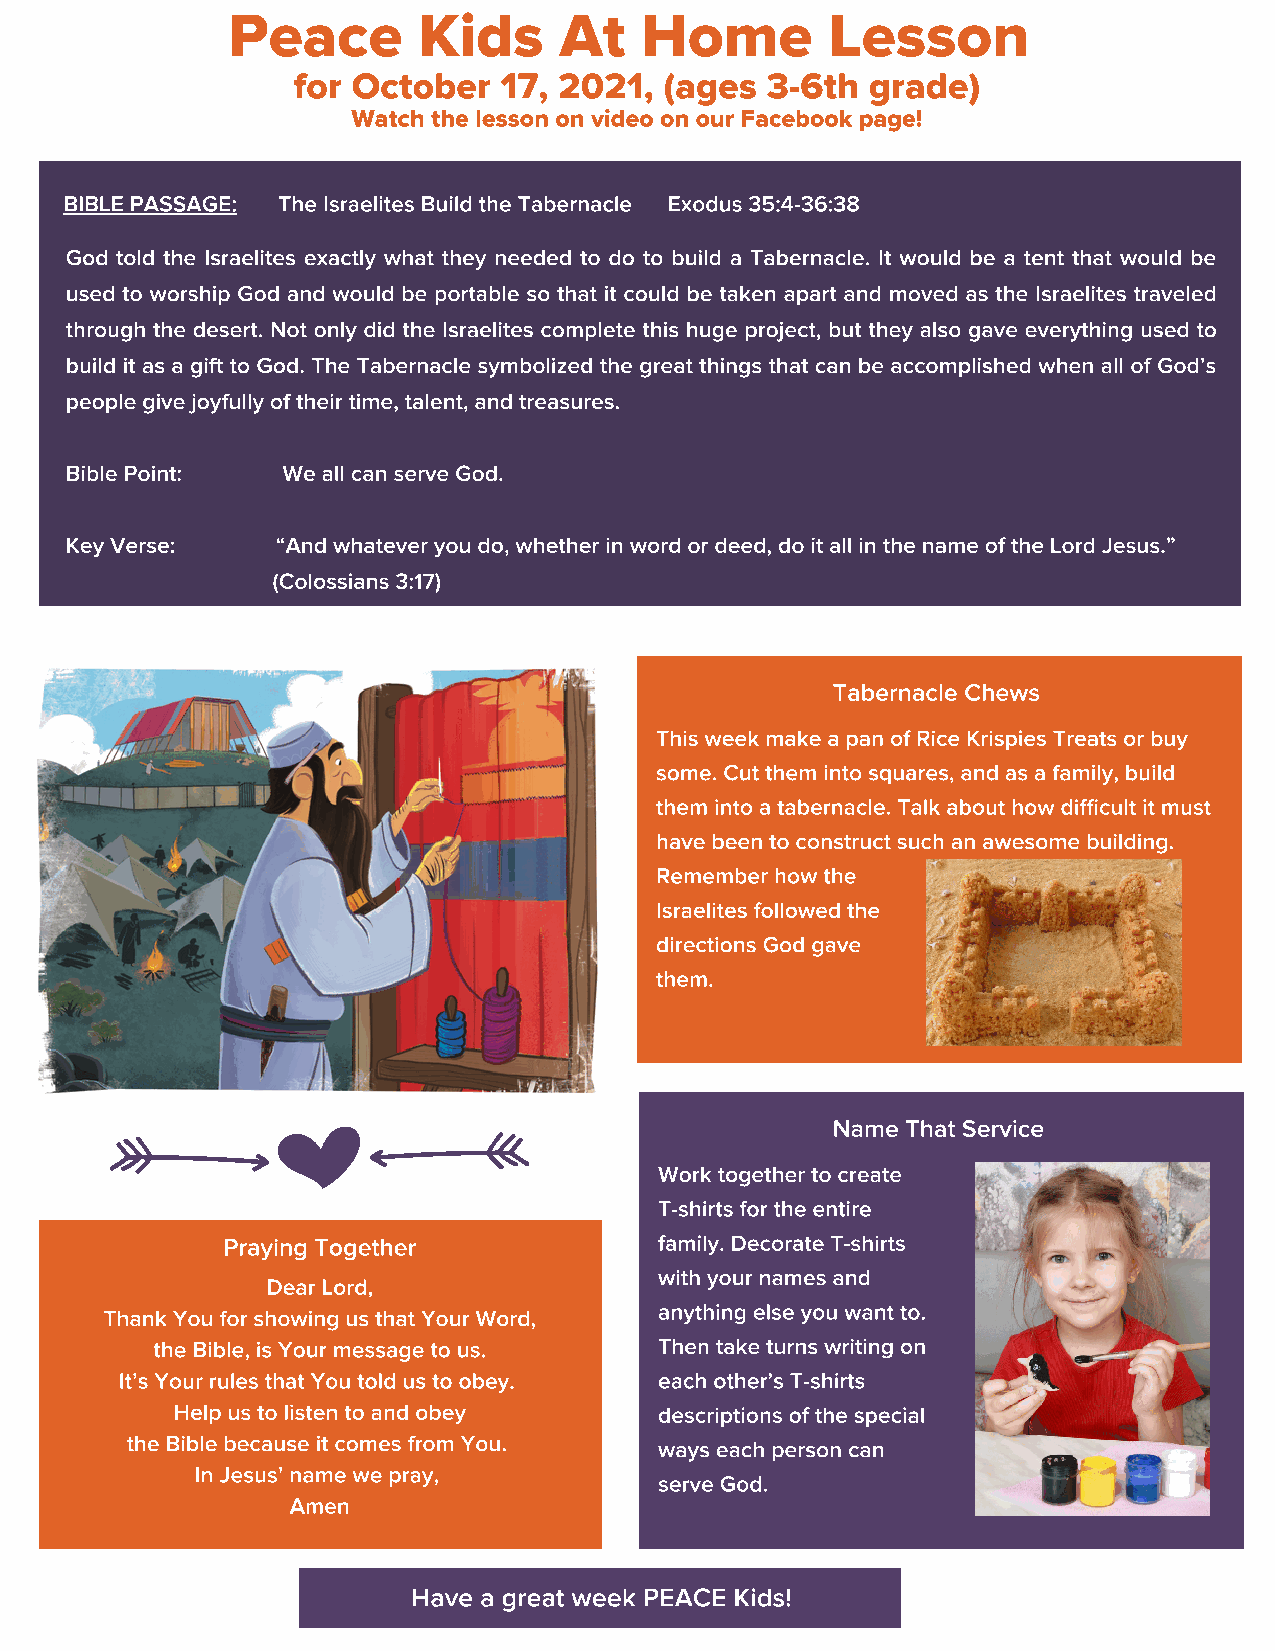
Peace        Kids     At   Home         Lesson
 for October   17, 2021,  (ages  3-6th  grade)
 Watch the lesson on video on our Facebook page!
 BIBLE PASSAGE: The Israelites Build the Tabernacle Exodus 35:4-36:38
 God told the Israelites exactly what they needed to do to build a Tabernacle. It would be a tent that would be
 used to worship God and would be portable so that it could be taken apart and moved as the Israelites traveled
 through the desert. Not only did the Israelites complete this huge project, but they also gave everything used to
 build it as a gift to God. The Tabernacle symbolized the great things that can be accomplished when all of God’s
 people give joyfully of their time, talent, and treasures.
 Bible Point:   We all can serve God.
 Key Verse:    “And whatever you do, whether in word or deed, do it all in the name of the Lord Jesus.”
 (Colossians 3:17)
 Tabernacle Chews
 This week make a pan of Rice Krispies Treats or buy
 some. Cut them into squares, and as a family, build
 them into a tabernacle. Talk about how difficult it must
 have been to construct such an awesome building.
 Remember how the
 Israelites followed the
 directions God gave
 them.
 Name That Service
 Work together to create
 T-shirts for the entire
 Praying Together             family. Decorate T-shirts
 with your names and
 Dear Lord,
 anything else you want to.
 Thank You for showing us that Your Word,
 the Bible, is Your message to us. Then take turns writing on
 It’s Your rules that You told us to obey. each other’s T-shirts
 Help us to listen to and obey    descriptions of the special
 the Bible because it comes from You. ways each person can
 In Jesus’ name we pray,
 serve God.
 Amen
 Have a great week PEACE Kids!